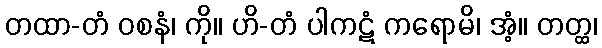
တထာ-တံ ဝစနံ၊ ကို။ ဟိ-တံ ပါကဋံ ကရောမိ၊ အံ့။ တတ္ထ၊